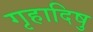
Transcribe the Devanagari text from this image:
गृहादिषु